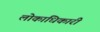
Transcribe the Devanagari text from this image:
लोकाधिकारी